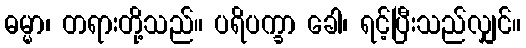
ဓမ္မာ၊ တရားတို့သည်။ ပရိပက္ခာ ခေါ၊ ရင့်ပြီးသည်လျှင်။